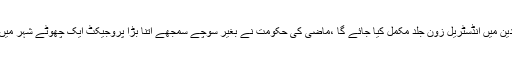
رکن اسمبلی حمیدہ وحید الدین کے سوال کے جواب میں صوبائی وزیر میاں اسلم اقبال نے کہا کہ منڈی بہائو الدین میں انڈسٹریل زون جلد مکمل کیا جائے گا ،ماضی کی حکومت نے بغیر سوچے سمجھے اتنا بڑا پروجیکٹ ایک چھوٹے شہر میں لائونچ کردیا اس کیلئے کوئی بجٹ بھی نہیں رکھا لیکن موجودہ حکومت اس کو ہر صورت مکمل کرے گی۔